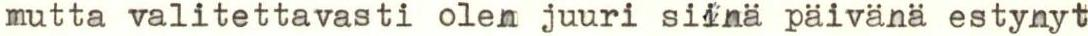
mutta valitettavasti olen juuri siinä päivänä estynyt